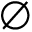
\emptyset